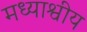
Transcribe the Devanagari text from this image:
मध्याश्वीय